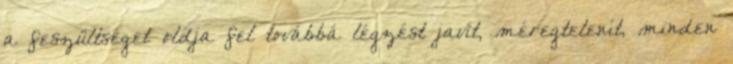
a feszültséget oldja fel továbbá légzést javít, méregtelenít, minden